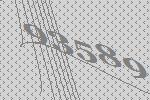
93589